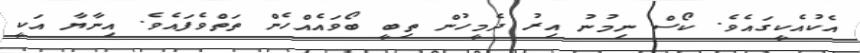
އެކުއެކީގައެވެ. ކޯސް ނިމުނު އިރު ދެމީހުން ތިބީ ބޯވައެއްހެން ތަތްވެފައެވެ. އިނާޔާ އަކީ